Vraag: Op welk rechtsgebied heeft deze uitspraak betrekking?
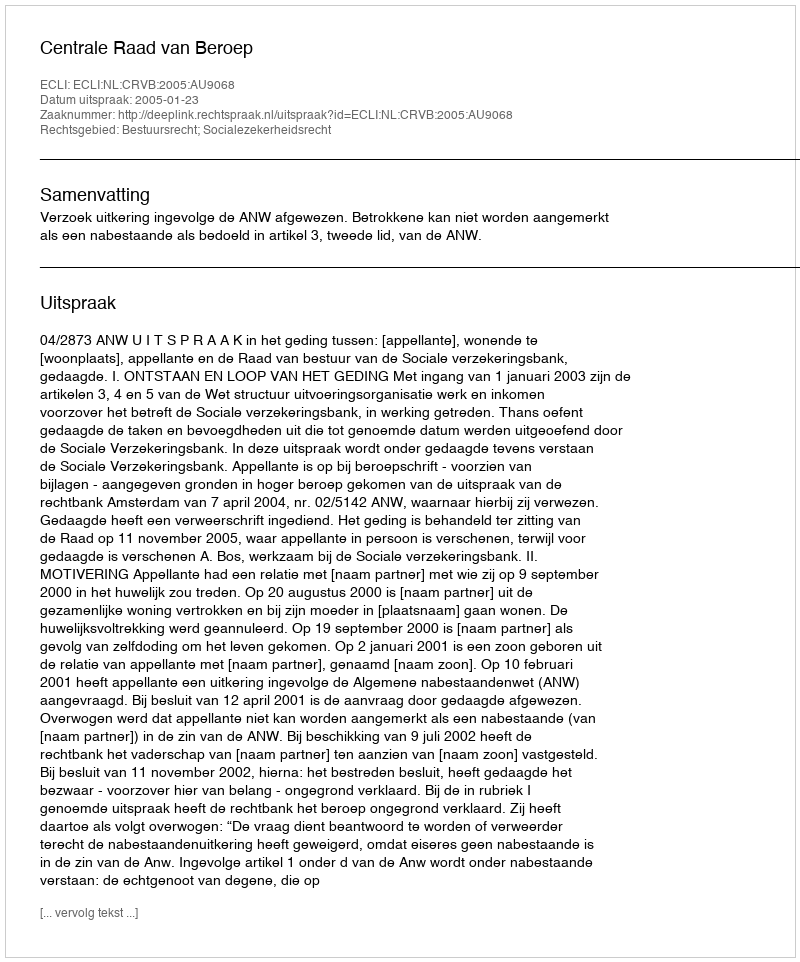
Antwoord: Bestuursrecht; Socialezekerheidsrecht